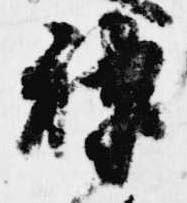
神